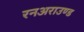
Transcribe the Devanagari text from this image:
रनअराउण्ड